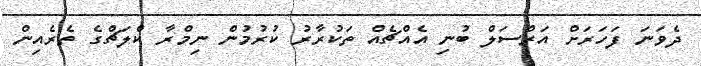
ދެވަނަ ފަހަރަށް އަރްސަލް ބުނި އެއްޗެއް ތަކުރާރު ކުރުމުން ނިމްރާ ކްލަޗްގެ ތެރެއިން